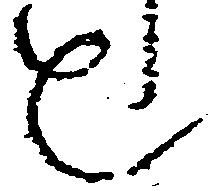
也